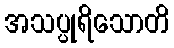
အသပ္ပုရိသောတိ